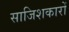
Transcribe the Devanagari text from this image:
साजिशकारों